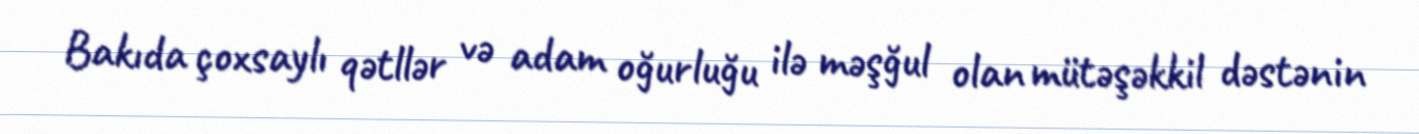
Bakıda çoxsaylı qətllər və adam oğurluğu ilə məşğul olan mütəşəkkil dəstənin